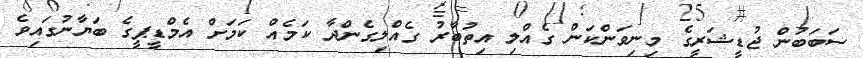
ސަބަބުން ޖުޑީޝަރީގެ މިނިވަންކަން ގެއްލި އިތުބާރު ގެއްލިގެންދާ ކަމެއް ކަމަށް އެމްޑީޕީގެ ބަޔާނުގައިވެ